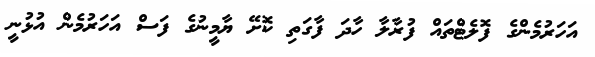
އަހަރުމެންގެ ފޮލެޓްތައް ފުރާލާ ހާދަ ފާގަތި ކޮށޭ ޔާމީނުގެ ފަސް އަހަރުމެން އުޅުނީ